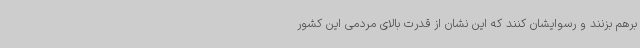
برهم بزنند و رسوایشان کنند که این نشان از قدرت بالای مردمی این کشور